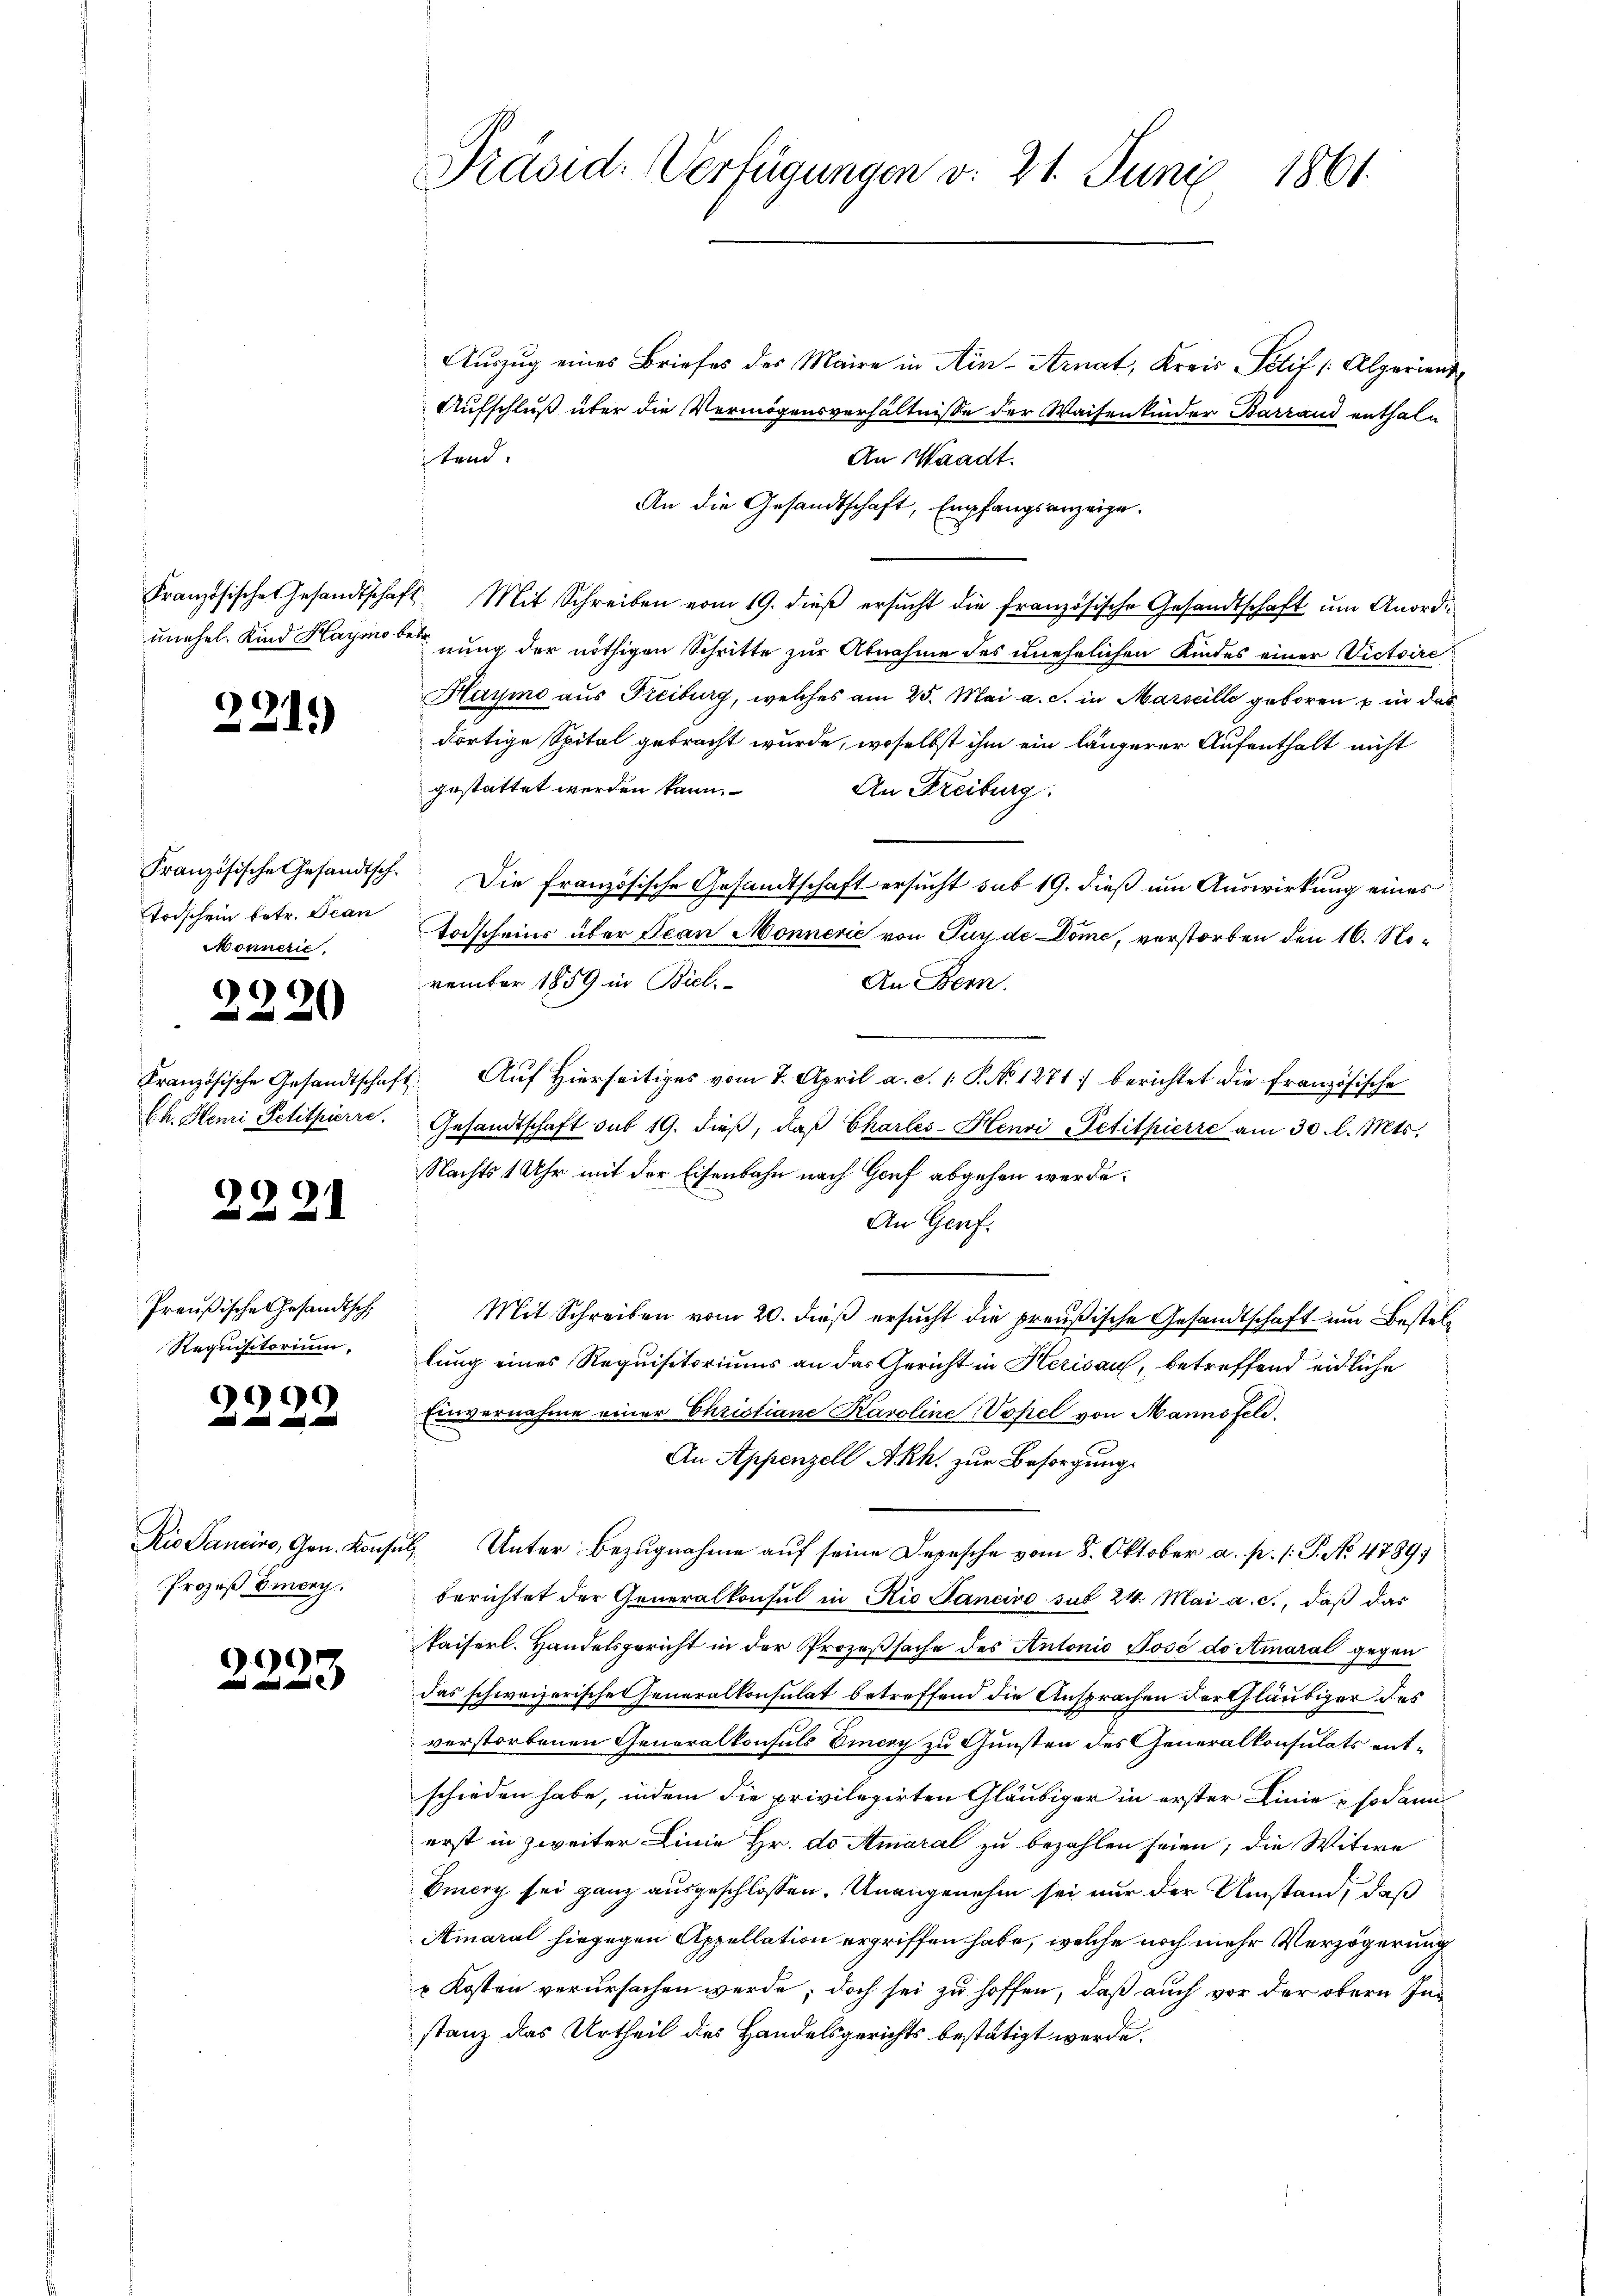
unehel. Kind Haymo betr.

221.

Todschein betr. Scan
Monneric

¬
20

2221

Preußische Gesandtsch
Requisitorium,

999

Prozeß biech.

2223

Auszug eines Briefes des Maire in Ain-Arnat, Kreis Petit (Alparient
Aufschluß über die Vermögensverhältnisse der Waisenkinder Barrand enthaltend.
An Waadt.
An die Gesandtschaft, Empfangsanzeige.
Französische Gesandtschaft Mit Schreiben vom 19. dieβ ersŭcht die Französische Gesandtschaft um Anordnung der nöthigen Schritte zur Abnahme des unehelichen Kindes einer Victoire
Haymo aus Freiburg, welches am 25. Mai a. c. in Marseille geboren in das
dortige Spital gebracht wurde, woselbst ihm ein längerer Aufenthalt nicht
gestattet werden kann.
An Freiburg.
Französische Gesandtsch. Die französische Gesandtschaft ersucht sub 19. dieß um Auswirkung eines
Todscheins über Jean Monnerić von Turde Dome, verstorben den 16. November 1859 in Biel.
An Bern.
Kranzösische Gesandtschaft Auf hierseitiges vom 7. April a. d. 1. P. No 1271) berichtet die französische
Ch. Henri Petitpierre. Gesandtschaft sub 19. dieβ, daβ Charles-Henvi Petitpierre am 30. l. Mts.
Nachts 1 Uhr mit der Eisenbahn nach Genf abgehen werde.
An Genf.
Mit Schreiben vom 20. dieß ersucht die preußische Gesandtschaft um Bestellung eines Requisitoriums an das Gericht in Herisau, betreffend eidliche
Einvernahme einer Christiane Karoline Vopel von Mannsfeld.
An Appenzell A.Rh. zur Besorgung
Rio Sancise, Gen. Konsul, Unter Bezugnahme auf seine Depesche vom 8. Oktober a. p. 1. P. No. 4789/
berichtet der Generalkonsul in Rio Janeiro sub 24. Mai a. c., daß das
kaiserl. Handelsgericht in der Prozeßsache des Antonio José do Amaral gegen
das schweizerisches Generalkonsulat betreffend die Ansprachen dorthläubiger des
verstorbenen Generalkonsuls Einery zu Gunsten des Generalkonsulats entschieden habe, indem die privilegirten Gläubiger in erster Linie & sodann
erst in zweiter Linie Hr. do Amaral zu bezahlen seien; die Witwe
Eiery sei ganz ausgeschlossen. Unangenehm sei nur der Umstand, daß
Amaral hingegen Appellation ergriffen habe, welche noch mehr Verzögerung
 Kosten verursachen werde; doch sei zu hoffen, daß auch vor der obern Instanz das Urtheil des Handelsgerichts bestätigt werde.

Präsid. Verfügungen v. 21. Juni 1861.